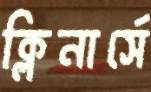
ক্লিনার্সে